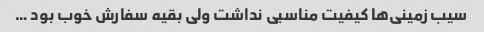
سیب زمینی‌ها کیفیت مناسبی نداشت ولی بقیه سفارش خوب بود …